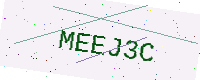
Text: MEEJ3C